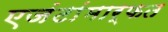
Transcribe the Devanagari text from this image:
एजंटांमार्फत